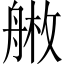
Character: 𦩚